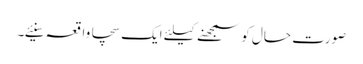
صورت حال کو سمجھنے کیلئے ایک سچا واقعہ سنیئے۔